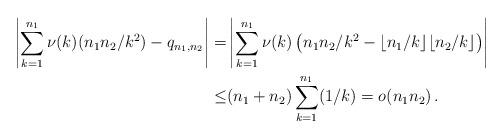
LaTeX: \begin{align*} \left|\sum_{k=1}^{n_1} \nu(k) (n_1n_2/k^2)-q_{n_1, n_2}\right|=&\left|\sum_{k=1}^{n_1} \nu(k)\left(n_1n_2/k^2-\lfloor n_1/k\rfloor\lfloor n_2/k\rfloor\right)\right|\\ \le & (n_1+n_2)\sum_{k=1}^{n_1} (1/k)=o(n_1 n_2)\,. \end{align*}